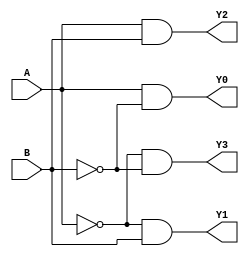
module demux_2to4(input A, input B, output Y0, output Y1, output Y2, output Y3);

assign Y0 = (A & ~B);
assign Y1 = (~A & B);
assign Y2 = (A & B);
assign Y3 = (~A & ~B);

endmodule